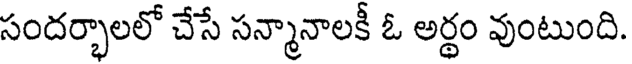
సందర్భాలలో చేసే సన్మానాలకీ ఓ అర్థం వుంటుంది.